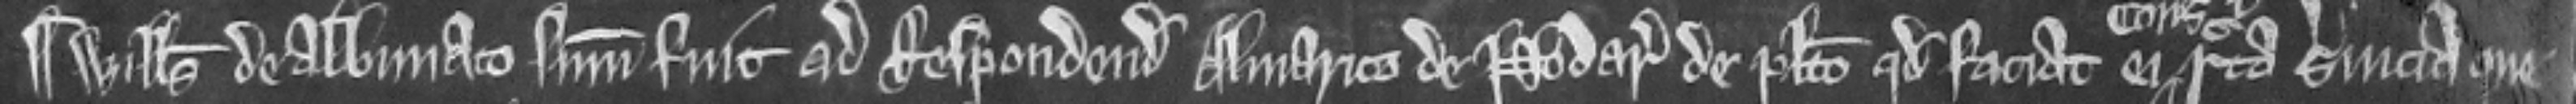
¶ Willelmus de Albiniaco summonitus fuit ad respondendum Almarico de Nodar de placito quod faciat ei recta servicia que